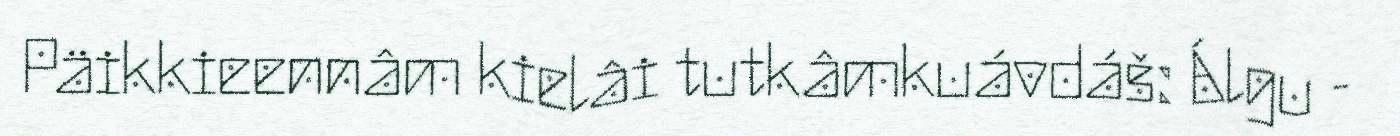
Päikkieennâm kielâi tutkâmkuávdáš: Álgu -